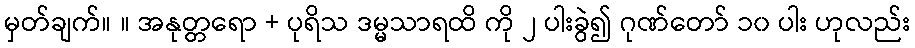
မှတ်ချက်။ ။ အနုတ္တရော + ပုရိသ ဒမ္မသာရထိ ကို ၂ ပါးခွဲ၍ ဂုဏ်တော် ၁၀ ပါး ဟုလည်း